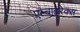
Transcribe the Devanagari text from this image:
एल्बाइरेक्स